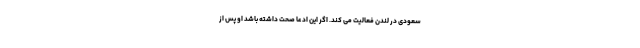
سعودی در لندن فعالیت می کند. اگر این ادعا صحت داشته باشد او پس از